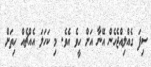
ސިފަ ގެއްލިއްޖެހެން އޭނާ އަށް ހީވެ އެވެ. މި ކަހަލަ އެއްޗެއް ހިތަށް